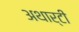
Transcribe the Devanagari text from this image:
अथार्टी